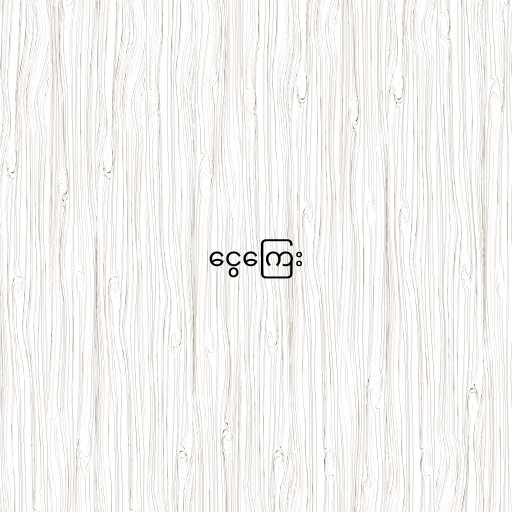
ငွေကြေး